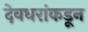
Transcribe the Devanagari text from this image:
देवधरांकडून